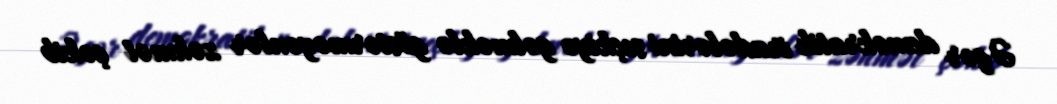
Əgər demokratik iradələrini seçkiyə gəlməklə göstərməyənlər zəhmət çəkib